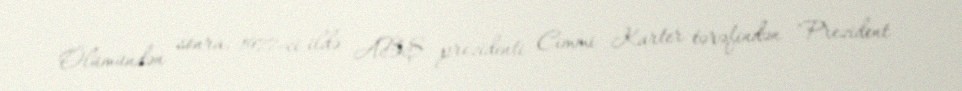
Ölümündən sonra, 1977-ci ildə ABŞ prezidenti Cimmi Karter tərəfindən "Prezident